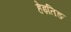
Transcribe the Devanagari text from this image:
हेइतिङ